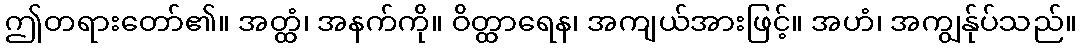
ဤတရားတော်၏။ အတ္ထံ၊ အနက်ကို။ ဝိတ္ထာရေန၊ အကျယ်အားဖြင့်။ အဟံ၊ အကျွန်ုပ်သည်။